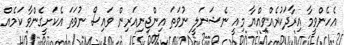
އެހެންވީމާ އިރާދަކުރެއްވިއްޔާ މިއީ ނެޝަނަލީ ނުވަތަ އިންޖިނިއަރިން ވައިސް ނުވަތަ އެކަށީގެންވާ ކަމެއް